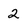
Character: 2